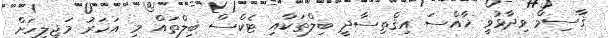
ޤާސިމް ވިދާޅުވީ ޚާއްސަ އިޤްތިސާދީ ބިލްތަކާއި ޓެކްސް ބިލްތައް މި އަހަރު މަޖިލީހަށް